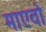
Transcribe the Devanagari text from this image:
माएवो